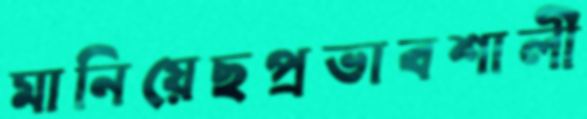
মানিয়েছপ্রভাবশালী